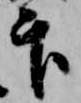
官